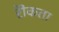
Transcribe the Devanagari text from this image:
रॊकता